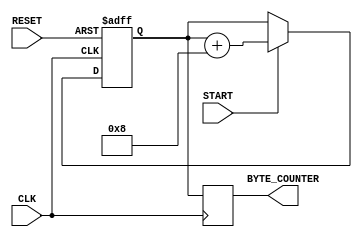
module byte_count_module(CLK, RESET, START, BYTE_COUNTER);

// Ports declaration
input CLK;
input RESET;
input START;



output [15:0] BYTE_COUNTER;

reg [15:0] BYTE_COUNTER;
reg [15:0] counter;

always @(posedge CLK or posedge RESET)
begin
   if (RESET == 1) begin
	   counter = 16'h0000;
   end
   // the ack is delayed which starts the counter
   else if (START == 1) begin
       counter = counter + 8;
   end
end

always @(posedge CLK)
begin
   BYTE_COUNTER = counter;
end

endmodule // End of Module